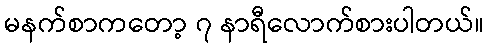
မနက်စာကတော့ ၇ နာရီလောက်စားပါတယ်။